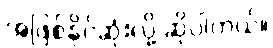
အဖြစ်နိုင်ဆုံးလို့ ဆိုပါတယ်။